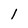
Character: 1